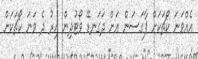
އެއްވަނަ ކޯޗަކަށް ފާގަސަން އަށް ދަގަނޑޭ ވޯޓުދިން އިރު ދެ ވަނަ ކޯޗަކަށް